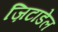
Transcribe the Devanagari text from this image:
ज़िटाडेल